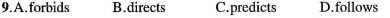
9.A.Forbids B.DirectsC.Predicts D.Follows